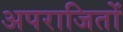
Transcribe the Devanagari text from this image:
अपराजितों